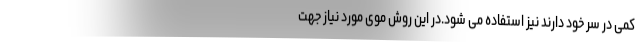
کمی در سر خود دارند نیز استفاده می شود.در این روش موی مورد نیاز جهت